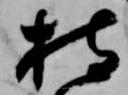
持